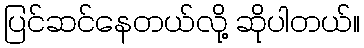
ပြင်ဆင်နေတယ်လို့ ဆိုပါတယ်။